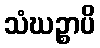
သံဃဉ္စာပိ